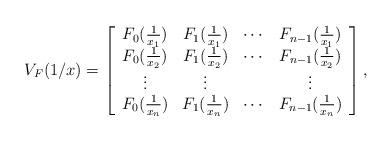
LaTeX: \begin{align*}V_F(1/x) = \left[\begin{array}{cccc}F_0(\frac{1}{x_1}) & F_1(\frac{1}{x_1}) & \cdots &F_{n-1}(\frac{1}{x_1})\\F_0(\frac{1}{x_2}) & F_1(\frac{1}{x_2}) & \cdots &F_{n-1}(\frac{1}{x_2})\\\vdots &\vdots & &\vdots\\F_0(\frac{1}{x_n}) & F_1(\frac{1}{x_n}) & \cdots &F_{n-1}(\frac{1}{x_n})\end{array}\right],\end{align*}